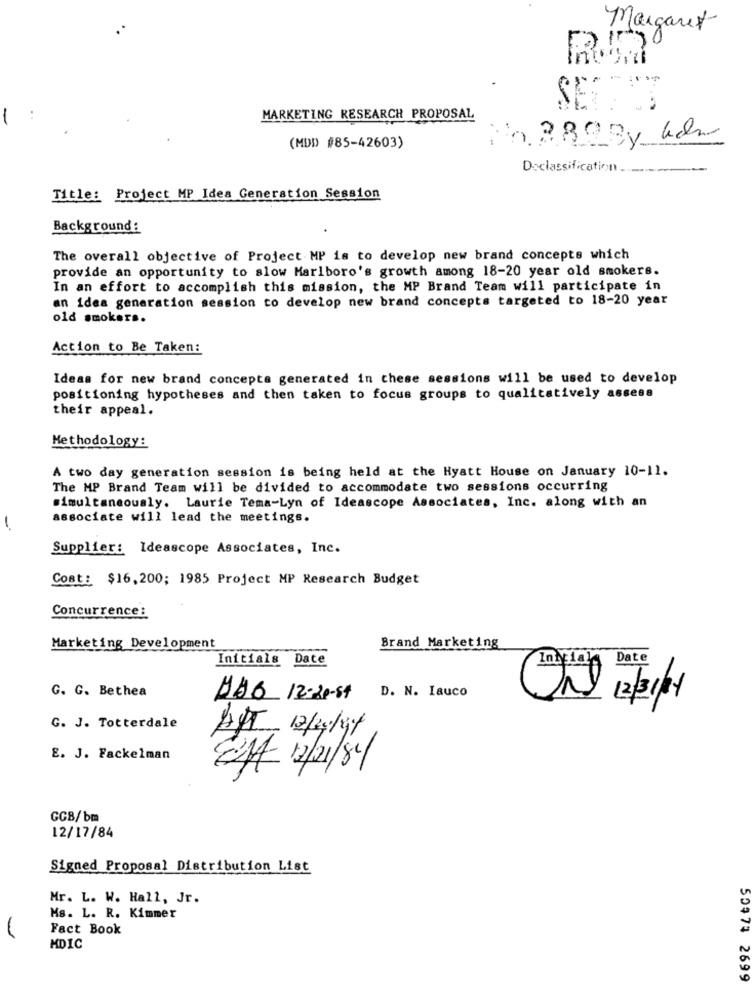
Margaret
MARKETING RESEARCH PROPOSAL
n. 3808y len
(MDI) #85-42603)
Doclassification ...
Title: Project MP Idea Generation Session
Background:
The overall objective of Project MP is to develop new brand concepts which
provide an opportunity to slow Marlboro's growth among 18-20 year old smokers.
In an effort to accomplish this mission, the MP Brand Team will participate in
an idea generation session to develop new brand concepts targeted to 18-20 year
old smokers.
Action to Be Taken:
Ideas for new brand concepts generated in these sessions will be used to develop
positioning hypotheses and then taken to focus groups to qualitatively assess
their appeal.
Methodology:
A two day generation session is being held at the Hyatt House on January 10-11.
The MP Brand Team will be divided to accommodate two sessions occurring
simultaneously. Laurie Tema-Lyn of Ideascope Associates, Inc. along with an
associate will lead the meetings.
-
Supplier: Ideascope Associates, Inc.
Cost: $16,200; 1985 Project MP Research Budget
Concurrence :
Marketing Development
Brand Marketing
Initials Date
Inicial Date
G. G. Bethea
JAG 12-20-87 D. N. Lauco
Und 12/3/1
G. J. Totterdale
APT 12/24/97
E. J. Fackelman
CH 12/01/84
GGB/bm
12/17/84
Signed Proposal Distribution List
Mr. L. W. Hall, Jr.
Ms. L. R. Kimmer
Fact Book
MDIC
50$73 2699